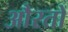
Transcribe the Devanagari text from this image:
औेरतों